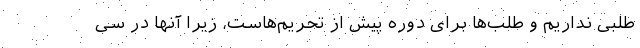
طلبی نداریم و طلب‌ها برای دوره پیش از تحریم‌هاست، زیرا آنها در سی